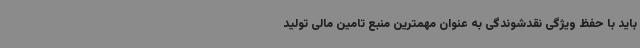
باید با حفظ ویژگی نقدشوندگی به عنوان مهمترین منبع تامین مالی تولید